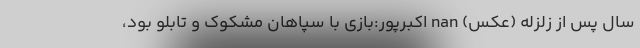
سال پس از زلزله (عکس) nan اکبرپور:بازی با سپاهان مشکوک و تابلو بود،